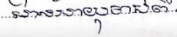
មានអាយុចាប់ពី